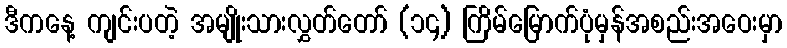
ဒီကနေ့ ကျင်းပတဲ့ အမျိုးသားလွှတ်တော် (၁၄) ကြိမ်မြောက်ပုံမှန်အစည်းအဝေးမှာ